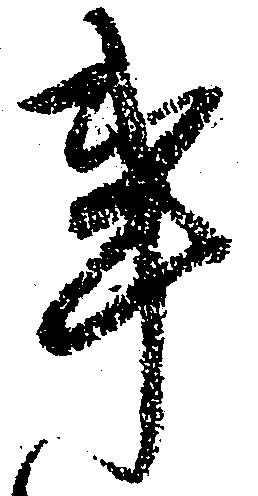
事